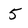
Character: 5